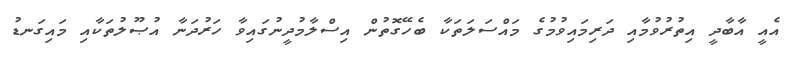
އެއީ އާބާދީ އިތުރުވުމާއި ދަރިމައިވުމުގެ މައްސަލަތަކާ ބެހޭގޮތުން އިސްލާމުދީނުގައިވާ ހަރުދަނާ އުޞޫލުތަކާއި މައިގަނޑު